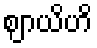
ဈာယိဟိ